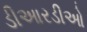
ડીઆરડીઓ